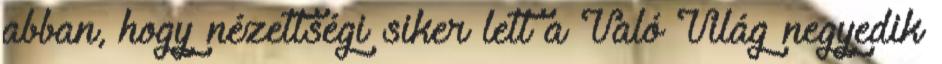
abban, hogy nézettségi siker lett a Való Világ negyedik